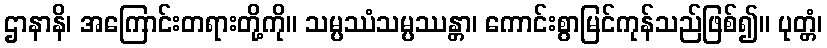
ဌာနာနိ၊ အကြောင်းတရားတို့ကို။ သမ္ပဿံသမ္ပဿန္တာ၊ ကောင်းစွာမြင်ကုန်သည်ဖြစ်၍။ ပုတ္တံ၊